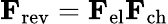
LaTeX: \mathbf{F}_{\mathrm{rev}}=\mathbf{F}_{\mathrm{el}}\mathbf{F}_{\mathrm{ch}}